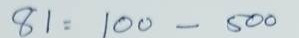
81 = 100 - 500